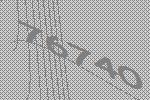
76740